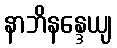
နာဘိနန္ဒေယျ